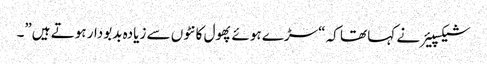
شیکسپیئر نے کہا تھا کہ “سڑے ہوئے پھول کانٹوں سے زیادہ بدبودار ہوتے ہیں”۔